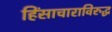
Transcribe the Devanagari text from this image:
हिंसाचाराविरुद्ध